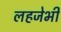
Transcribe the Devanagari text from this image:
लहजेभी